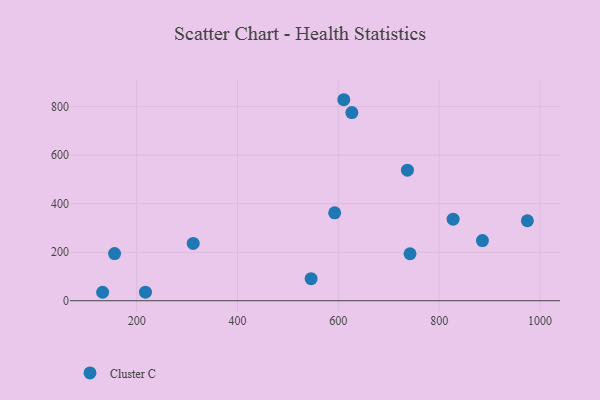
{"axis": {"x": "Distance", "y": "Fuel Efficiency"}, "legend": ["Cluster C"], "data": [{"x": "132.4", "y": 34.9, "type": "Cluster C"}, {"x": "737.1", "y": 538.0, "type": "Cluster C"}, {"x": "610.8", "y": 828.6, "type": "Cluster C"}, {"x": "827.7", "y": 336.2, "type": "Cluster C"}, {"x": "885.9", "y": 248.0, "type": "Cluster C"}, {"x": "975.0", "y": 329.7, "type": "Cluster C"}, {"x": "312.1", "y": 236.3, "type": "Cluster C"}, {"x": "592.7", "y": 362.3, "type": "Cluster C"}, {"x": "626.8", "y": 775.5, "type": "Cluster C"}, {"x": "217.4", "y": 35.2, "type": "Cluster C"}, {"x": "546.0", "y": 90.8, "type": "Cluster C"}, {"x": "156.1", "y": 194.4, "type": "Cluster C"}, {"x": "742.2", "y": 193.7, "type": "Cluster C"}]}